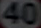
(40)